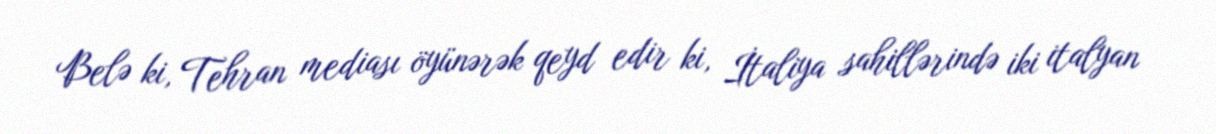
Belə ki, Tehran mediası öyünərək qeyd edir ki, İtaliya sahillərində iki italyan